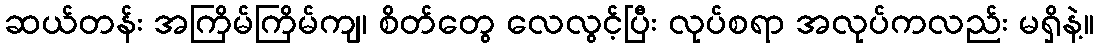
ဆယ်တန်း အကြိမ်ကြိမ်ကျ၊ စိတ်တွေ လေလွင့်ပြီး လုပ်စရာ အလုပ်ကလည်း မရှိနဲ့။